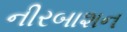
નીરબાશન